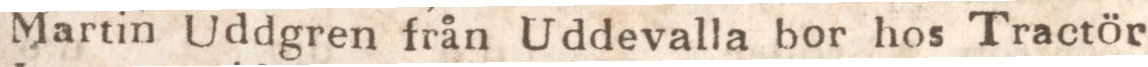
Martin Uddgren från Uddevalla bor hos Tractör